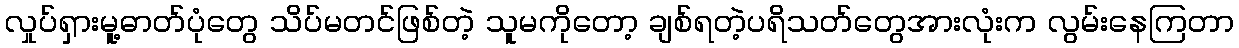
လှုပ်ရှားမူ့ဓာတ်ပုံတွေ သိပ်မတင်ဖြစ်တဲ့ သူမကိုတော့ ချစ်ရတဲ့ပရိသတ်တွေအားလုံးက လွမ်းနေကြတာ